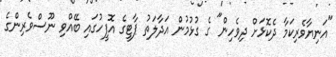
"އަނިޔާވެރިކަމާ ދެކޮޅަށް ދިވެހިން" ގެ ގުޅުމުން އަދާލަތު ޕާޓީގެ އޮފީހުގައި ބޭއްވި ނޫސްވެރިންގެ